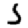
Digit: 5